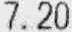
7.20